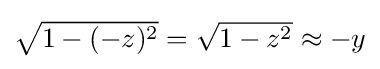
{\textstyle {\sqrt {1-(-z)^{2}}}={\sqrt {1-z^{2}}}\approx -y}